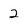
Character: 2